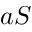
a S